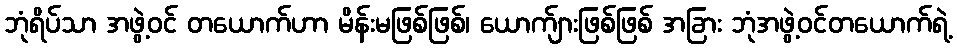
ဘုံရိပ်သာ အဖွဲ့ဝင် တယောက်ဟာ မိန်းမဖြစ်ဖြစ်၊ ယောက်ျားဖြစ်ဖြစ် အခြား ဘုံအဖွဲ့ဝင်တယောက်ရဲ့